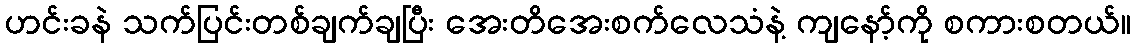
ဟင်းခနဲ သက်ပြင်းတစ်ချက်ချပြီး အေးတိအေးစက်လေသံနဲ့ ကျနော့်ကို စကားစတယ်။